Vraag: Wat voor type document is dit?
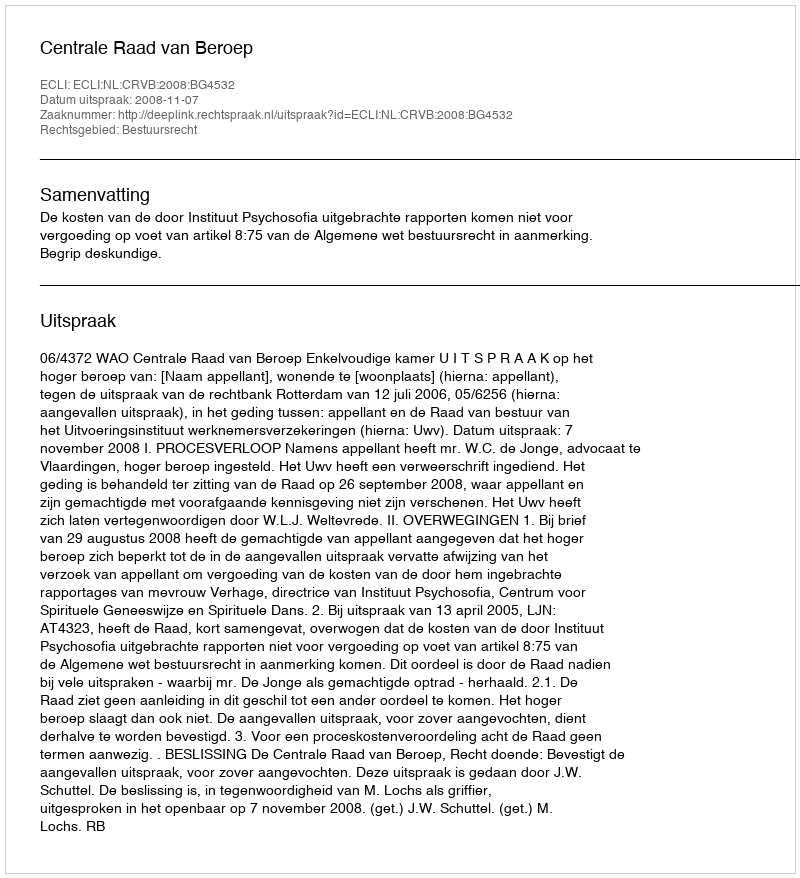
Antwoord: Uitspraak